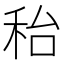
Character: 秮